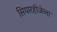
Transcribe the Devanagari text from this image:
सियारहीजेव्ना